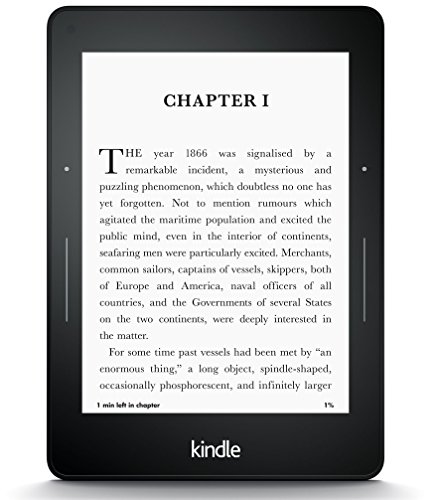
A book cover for Five reasons why I love my Kindle Voyage ereader; Jim Lynch; Computers & Technology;